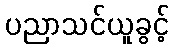
ပညာသင်ယူခွင့်